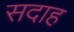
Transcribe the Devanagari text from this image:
सदाह